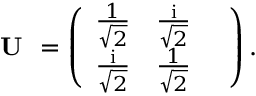
\textbf { U } = \left( \begin{array} { l l l } { \frac { 1 } { \sqrt { 2 } } } & { \frac { \mathrm { i } } { \sqrt { 2 } } } & { } \\ { \frac { \mathrm { i } } { \sqrt { 2 } } } & { \frac { 1 } { \sqrt { 2 } } } & { } \end{array} \right) .